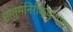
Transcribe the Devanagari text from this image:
आत्मनिरीक्षणाचा